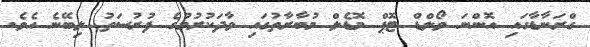
ގްރަނާޑާގައި އޮންނަ ވޯލްޑް ޓޮޕް މޮޑެލް މުބާރާތުގައި ވާދަކުރުމުގެ ފުރުސަތު ލިބޭނެ އެވެ.